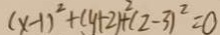
( x - 1 ) ^ { 2 } + ( y + 2 ) ^ { 2 } + ( 2 - 3 ) ^ { 2 } = 0